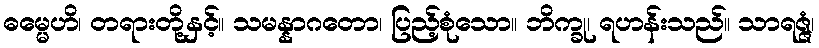
ဓမ္မေဟိ၊ တရားတို့နှင့်။ သမန္နာဂတော၊ ပြည့်စုံသော။ ဘိက္ခု၊ ရဟန်းသည်။ သာရဇ္ဇံ၊